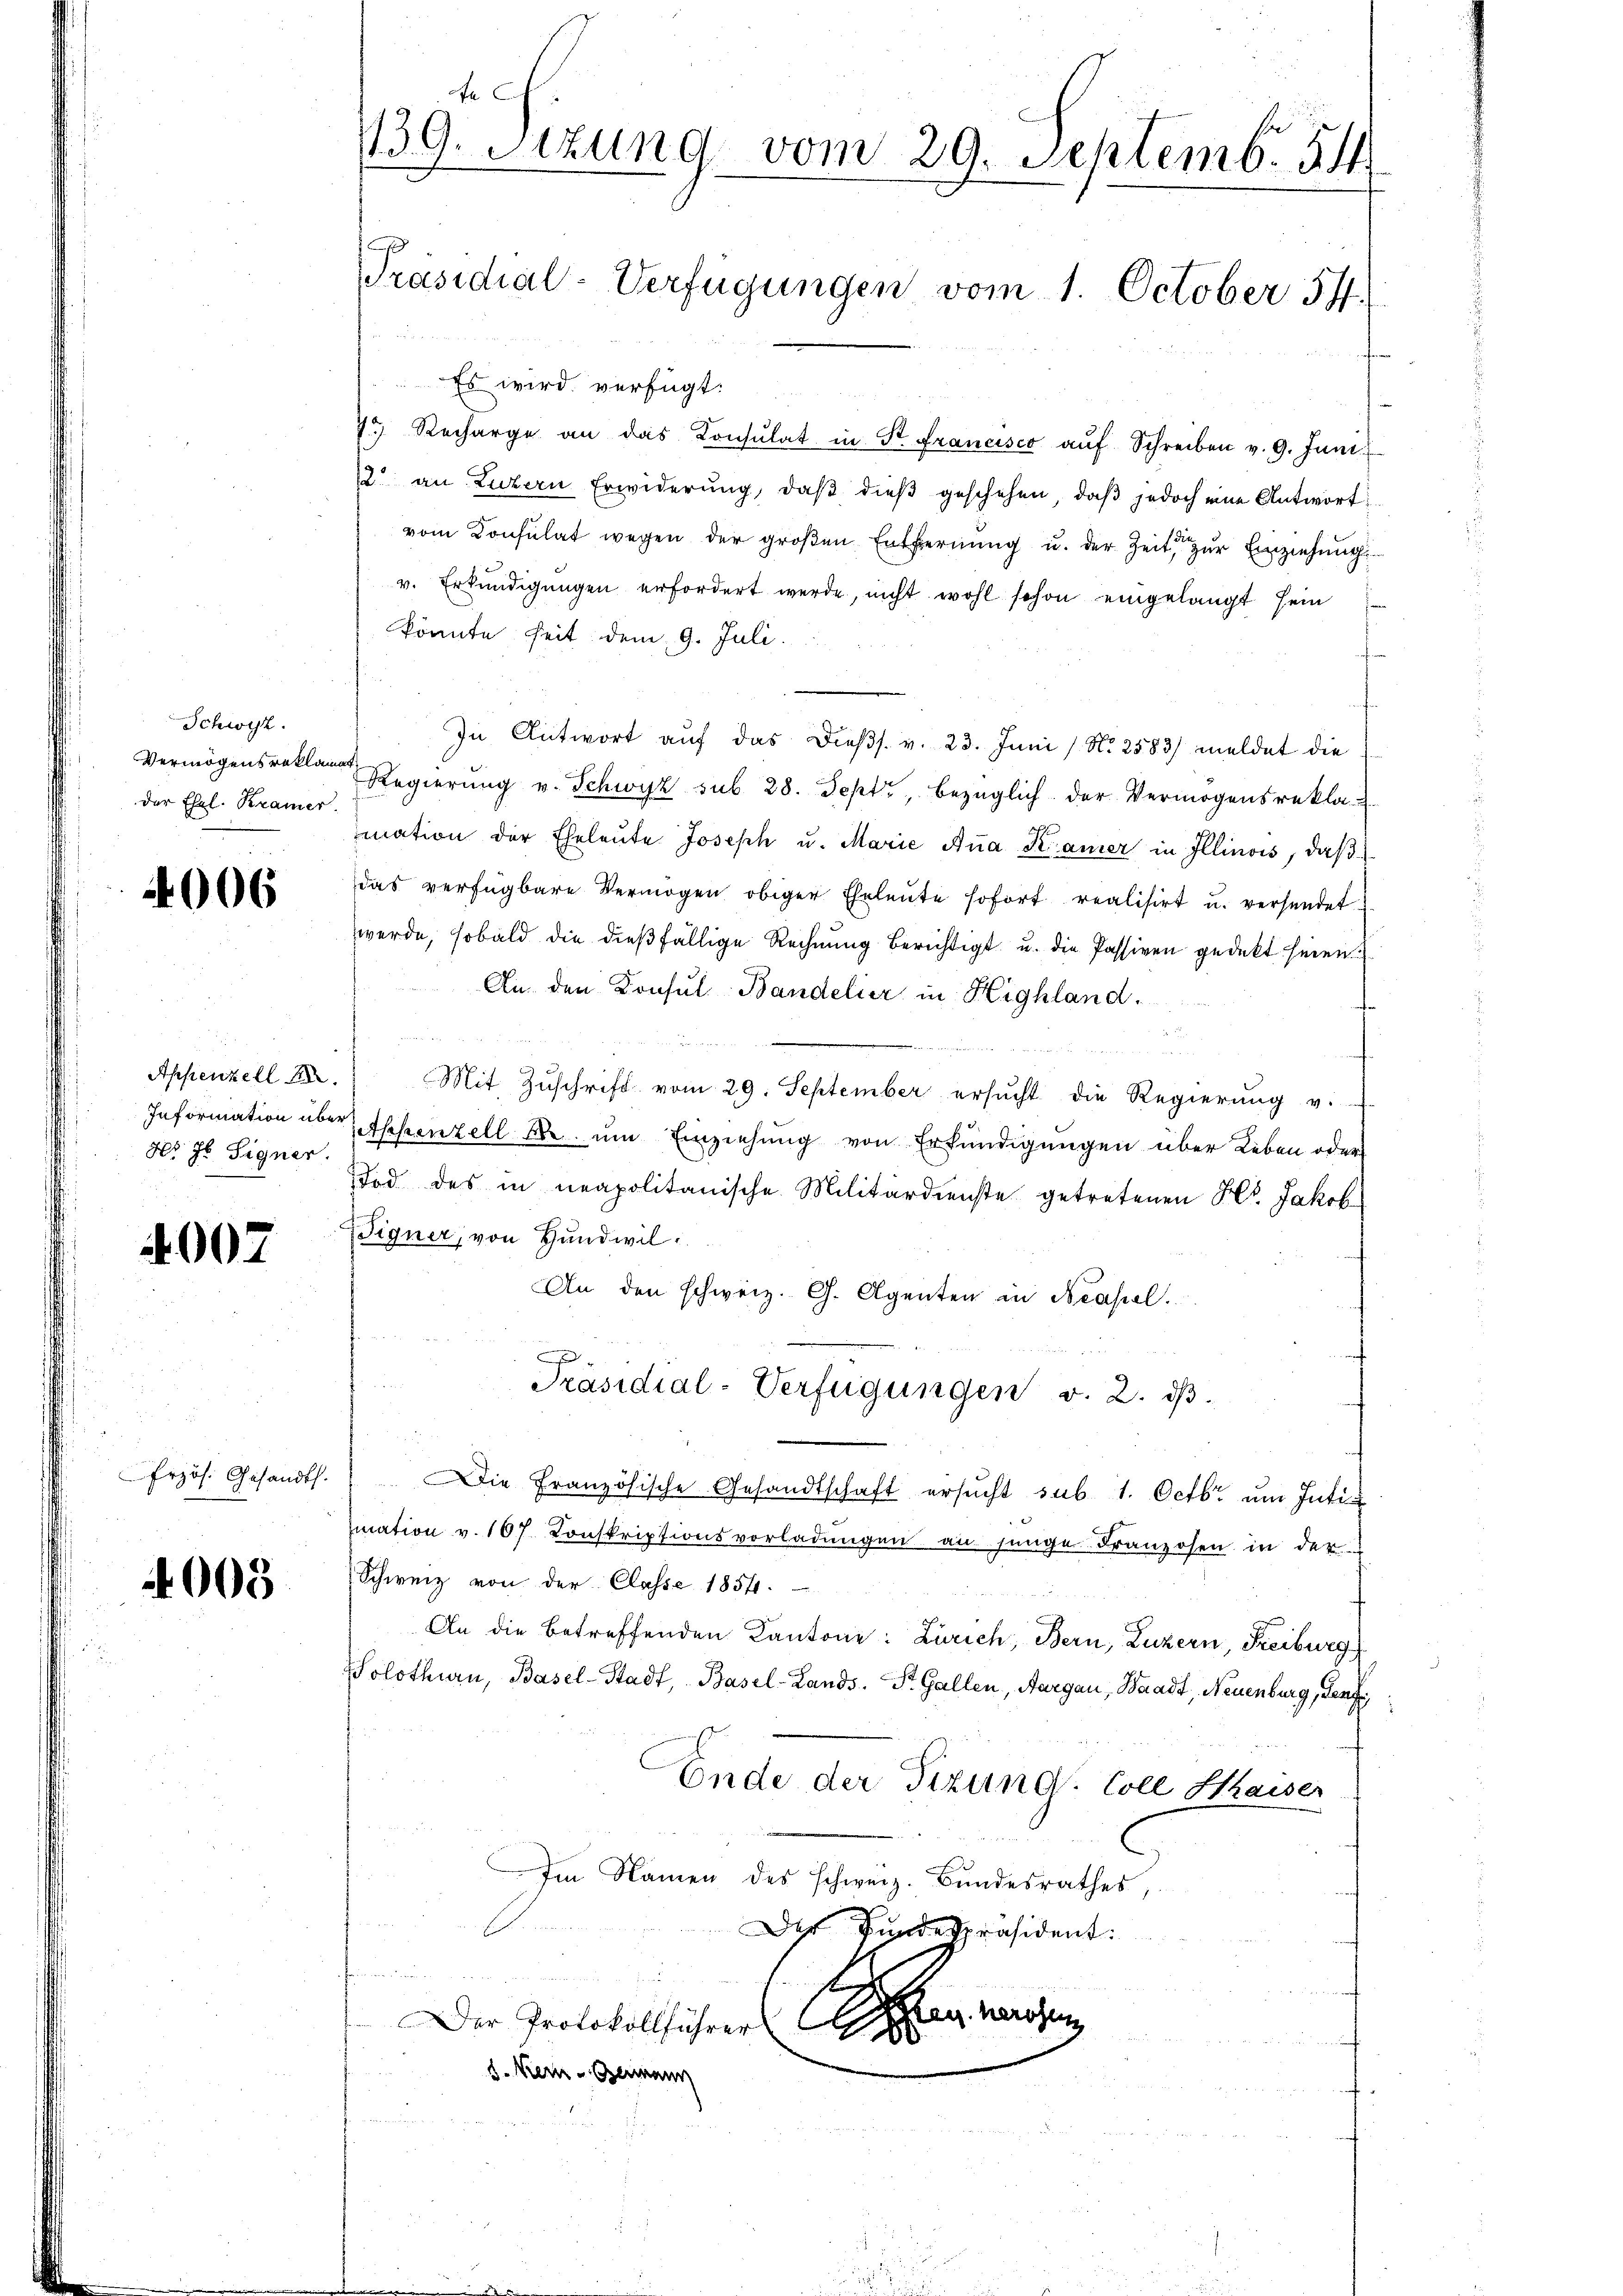
Schwyz.
Vermögensroklam
der Ehel. Krämer.

4006

Appenzell A.
Nr 9 Signer.

4007

Erzös. Gesandts

005

r
139. Sizung vom 29. Septemb. 84
[Präsidial-Verfügungen vom 1. October 57.

Es wird verfügt:
7. Recharge an das Consulat in Dr Francisco aŭf Schreiben v. 9. Juni
2. an Luzern Erwiderŭng, daβ dieβ geschehen, daβ jedoch eine Antwort
vom Konsulat wegen der groβen Entfernŭng u. der Zeit, zur Einziehung
v. Erkundigungen erfordert werde, nicht wohl schon eingelangt sein
könnte seit dem 9. Juli.
In Antwort auf das Diess. v. 23. Juni / No 2583) meldet die
nac.
Regierŭng v. Schwyz sub 28. Sept., bezüglich der Vermögensrekla-
mation der Eheleŭte Joseph u. Marie Ana Kamer in Illinois, daß
das verfügbare Vermögen obiger Eheleute sofort realisirt u. versendet
werde, sobald die dieβfällige Rechnŭng berichtigt u. die Passiven gedeckt heren.
An den Konsul-Bandelier in Highland.
u
Mit Zŭschrift vom 29. September ersŭcht die Regierŭng v.
Information über Schenzell um Einziehung von Erkundigungen über Leben oder
Tod des in neapolitanische Militärdienste getretenen Hr. Jakob
Signer, von Handwil
An den schweiz. G. Agenten in Neapel.
.
Präsidial-Verfügungen v. 2. dβ.
Die Französische Gesandtschaft ersŭcht sub. 1. Octbr. ŭm Intimation v. 107. Konskriptionsvorladŭngen an jünge Franzosen in der
Schweiz von der Classe 1854.
An die betreffenden Kantone: Zürich, Bern, Luzern, Freiburg
Solothurn, Basel-Stadt, Basel-Lands- St. Gallen, Aargau, Waadt, Neuenburg, Genfe
Ende der Tizung. Coll Kaiser
Im Namen des Schweiz. Bundesrathes,
E
Dis Bundespräsident:
feinen un
t
tag herosen
 Der Protokollführer
d. Kein Germann